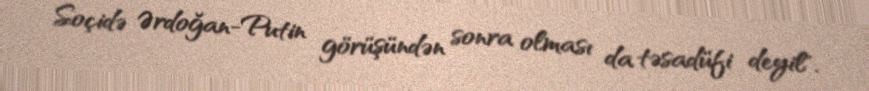
Soçidə Ərdoğan-Putin görüşündən sonra olması da təsadüfi deyil".